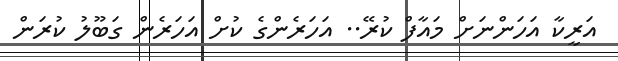
އަރީކާ އަހަންނަށް މައާފް ކުރޭ.. އަހަރެންގެ ކުށް އަހަރެން ގަބޫލު ކުރަން